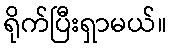
ရိုက်ပြီးရှာမယ်။